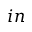
i n